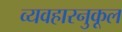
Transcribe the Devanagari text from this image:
व्यवहारनुकूल